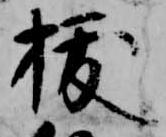
抜